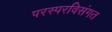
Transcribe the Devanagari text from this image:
परस्परविसंगत